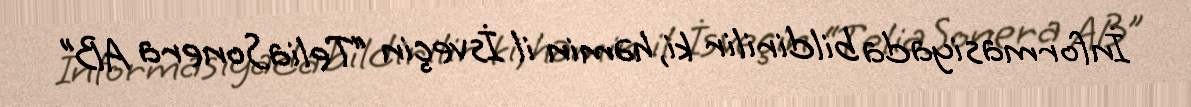
İnformasiyada bildirilir ki, həmin il İsveçin “TeliaSonera AB”